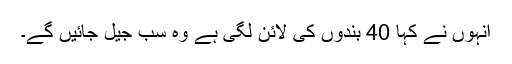
انہوں نے کہا 40 بندوں کی لائن لگی ہے وہ سب جیل جائیں گے۔